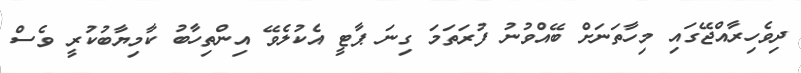
ދިވެހިރާއްޖޭގައި މިހާތަނަށް ބޭއްވުނު ފުރަތަމަ ގިނަ ޕާޓީ އެކުލެވޭ އިންތިހާބު ކާމިޔާބުކުރީ ވެސް